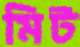
মিট